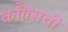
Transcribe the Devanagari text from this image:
कॉँग्रेसची